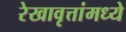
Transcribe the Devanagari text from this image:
रेखावृत्तांमध्ये